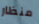
منظار